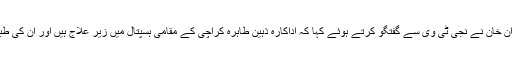
میڈیا میں ذہین طاہرہ کے انتقال کی خبریں پھیلنے کے بعد ان کے صاحبزادے کامران خان نے نجی ٹی وی سے گفتگو کرتے ہوئے کہا کہ اداکارہ ذہین طاہرہ کراچی کے مقامی ہسپتال میں زیر علاج ہیں اور ان کی طبیعت میں بہتری آگئی ہے جبکہشام تک والدہ کو وینٹی لیٹر سے بھی ہٹا دیا جائے گا۔